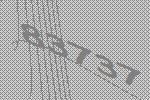
83737